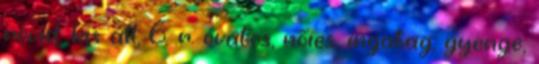
rövid, kis áll, 6. r. óvatos, nőies, ingatag, gyenge,